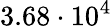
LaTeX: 3.68\cdot 10^{4}